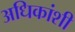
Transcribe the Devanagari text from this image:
अधिकांशी